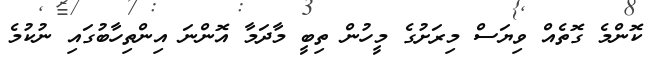
ކޮންމެ ގޮތެއް ވިޔަސް މިރަށުގެ މީހުން ތިބީ މާދަމާ އޮންނަ އިންތިހާބުގައި ނުކުމެ